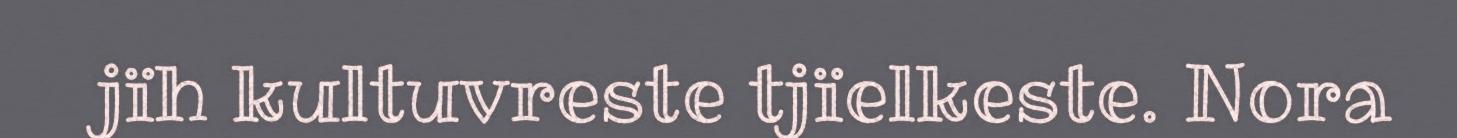
jïh kultuvreste tjïelkeste. Nora